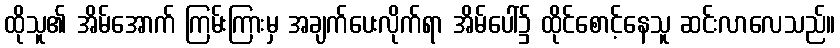
ထိုသူ၏ အိမ်အောက် ကြမ်းကြားမှ အချက်ပေးလိုက်ရာ အိမ်ပေါ်၌ ထိုင်စောင့်နေသူ ဆင်းလာလေသည်။